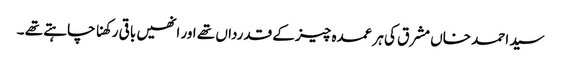
سید احمد خاں مشرق کی ہر عمدہ چیز کے قدرداں تھے اور انھیں باقی رکھنا چاہتے تھے ۔